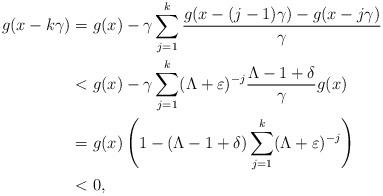
LaTeX: \begin{align*} g(x-k\gamma) & = g(x) - \gamma\sum_{j=1}^k \frac{g(x-(j-1)\gamma) - g(x-j\gamma)}{\gamma} \\ & < g(x) - \gamma \sum_{j=1}^k(\Lambda+\varepsilon)^{-j} \frac{\Lambda - 1+ \delta}{\gamma} g(x) \\ & = g(x) \left( 1 - (\Lambda - 1 + \delta) \sum_{j=1}^k(\Lambda+\varepsilon)^{-j} \right) \\ & < 0,\end{align*}